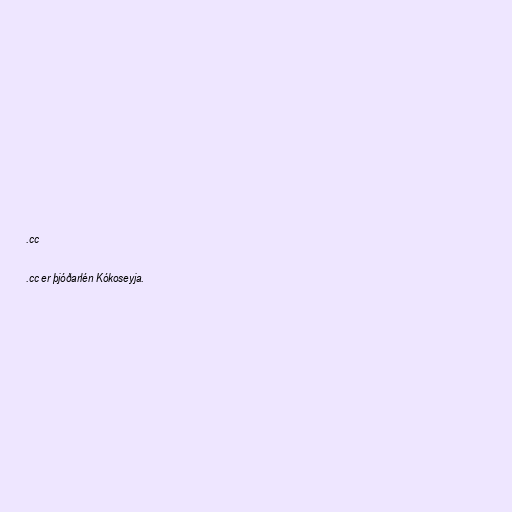
.cc

.cc er þjóðarlén Kókoseyja.